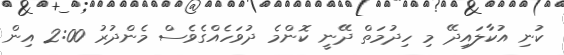
ކުނި އުކާލައިދޭ މި ހިދުމަތް ދޭނީ ކޮންމެ ދުވަހެއްގެވެސް މެންދުރު 2:00 އިން